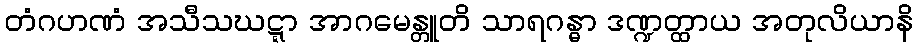
တံဂဟဏံ အသီသဃဋ္ဋာ အာဂမေန္တူတိ သာရဂန္ဓာ ဒဏ္ဍတ္ထာယ အတုလိယာနိ